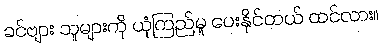
ခင်ဗျား သူများကို ယုံကြည်မှု ပေးနိုင်တယ် ထင်လား။